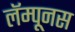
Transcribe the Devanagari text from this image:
लॅम्पूनस